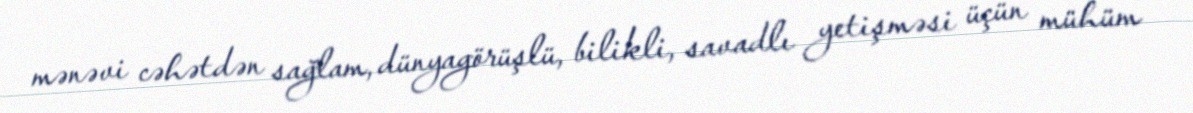
mənəvi cəhətdən sağlam, dünyagörüşlü, bilikli, savadlı yetişməsi üçün mühüm